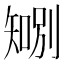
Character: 𪿍